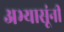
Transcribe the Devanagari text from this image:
अभ्यासूंनी